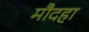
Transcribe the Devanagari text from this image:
मौदहा